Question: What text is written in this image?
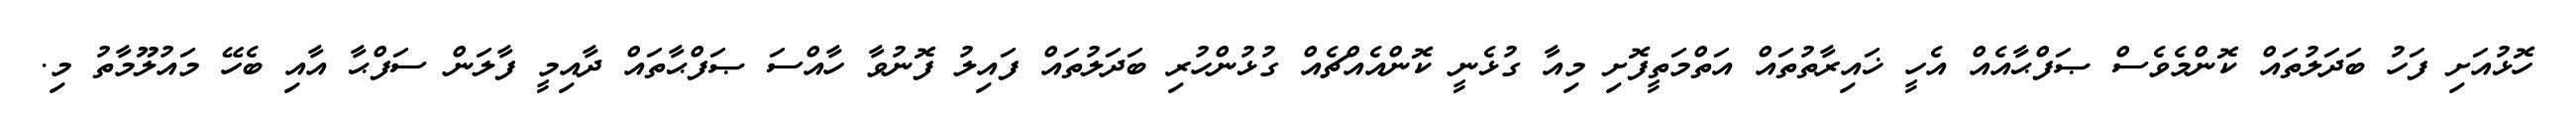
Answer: ހޮޅުއަށި ފަހު ބަދަލުތައް ކޮންމެވެސް ޞަފްޙާއެއް އެހީ ޚައިރާތުތައް އަތްމަތީފޮށި މިއާ ގުޅެނީ ކޮންއެއްޗެއް ގުޅުންހުރި ބަދަލުތައް ފައިލު ފޮނުވާ ހާއްސަ ޞަފްޙާތައް ދާއިމީ ފާލަން ސަފްޙާ އާއި ބެހޭ މައުލޫމާތު މި.